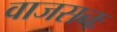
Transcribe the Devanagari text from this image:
वाजसनः